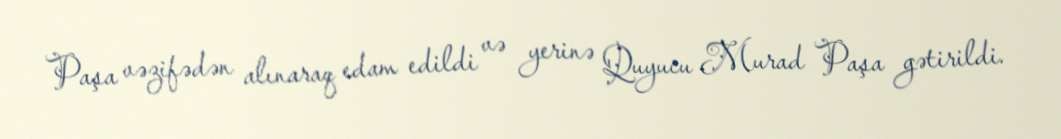
Paşa vəzifədən alınaraq edam edildi və yerinə Quyucu Murad Paşa gətirildi.